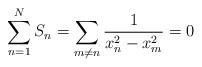
LaTeX: \begin{align*} \sum_{n=1}^N S_n=\sum_{m\ne n} \frac{1}{x_n^2-x_m^2}=0\end{align*}